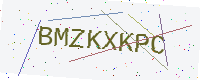
Text: BMZKXKPC